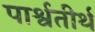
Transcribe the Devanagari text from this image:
पार्श्वतीर्थ